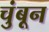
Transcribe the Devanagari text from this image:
चुंबून